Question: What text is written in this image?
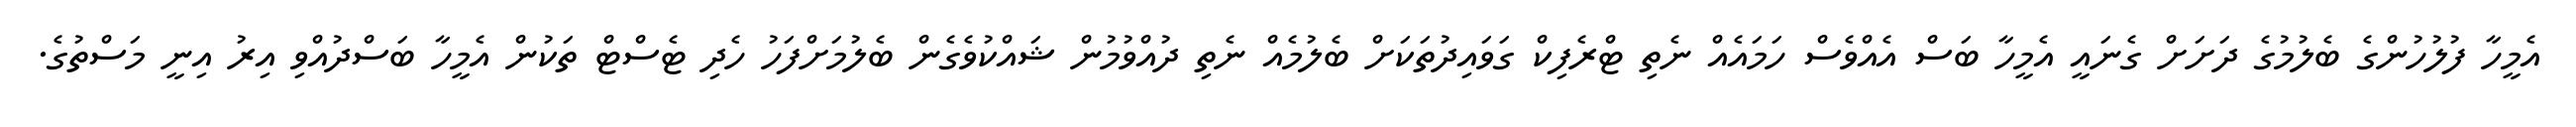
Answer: އެމީހާ ފުލުހުންގެ ބެލުމުގެ ދަށަށް ގެނައީ އެމީހާ ބަސް އެއްވެސް ހަމައެއް ނެތި ޓްރެފިކް ގަވައިދުތަކަށް ބެލުމެއް ނެތި ދުއްވުމުން ޝައްކުވެގެން ބެލުމަށްފަހު ހެދި ޓެސްޓް ތަކުން އެމީހާ ބަސްދުއްވި އިރު އިނީ މަސްތުގެ.